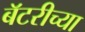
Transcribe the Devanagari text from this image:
बॅटरीच्या